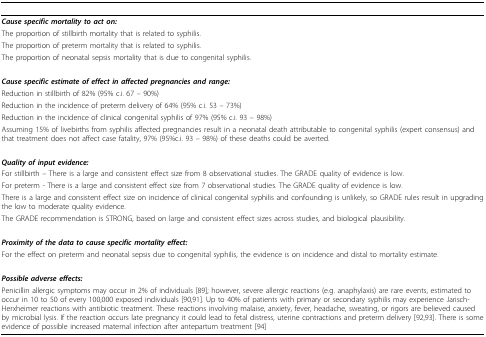
<table><thead></thead><tbody><tr><td><i><b>Cause specific mortality to act on:</b></i></td></tr><tr><td>The proportion of stillbirth mortality that is related to syphilis.</td></tr><tr><td>The proportion of preterm mortality that is related to syphilis.</td></tr><tr><td>The proportion of neonatal sepsis mortality that is due to congenital syphilis.</td></tr><tr><td><i><b>Cause specific estimate of effect in affected pregnancies and range:</b></i></td></tr><tr><td>Reduction in stillbirth of 82% (95% c.i. 67 – 90%)</td></tr><tr><td>Reduction in the incidence of preterm delivery of 64% (95% c.i. 53 – 73%)</td></tr><tr><td>Reduction in the incidence of clinical congenital syphilis of 97% (95% c.i. 93 – 98%)</td></tr><tr><td>Assuming 15% of livebirths from syphilis affected pregnancies result in a neonatal death attributable to congenital syphilis (expert consensus) and that treatment does not affect case fatality, 97% (95%c.i. 93 – 98%) of these deaths could be averted.</td></tr><tr><td><i><b>Quality of input evidence:</b></i></td></tr><tr><td>For stillbirth – There is a large and consistent effect size from 8 observational studies. The GRADE quality of evidence is low.</td></tr><tr><td>For preterm - There is a large and consistent effect size from 7 observational studies. The GRADE quality of evidence is low.</td></tr><tr><td>There is a large and consistent effect size on incidence of clinical congenital syphilis and confounding is unlikely, so GRADE rules result in upgrading the low to moderate quality evidence.</td></tr><tr><td>The GRADE recommendation is STRONG, based on large and consistent effect sizes across studies, and biological plausibility.</td></tr><tr><td><i><b>Proximity of the data to cause specific mortality effect:</b></i></td></tr><tr><td>For the effect on preterm and neonatal sepsis due to congenital syphilis, the evidence is on incidence and distal to mortality estimate.</td></tr><tr><td><i><b>Possible adverse effects:</b></i></td></tr><tr><td>Penicillin allergic symptoms may occur in 2% of individuals [89]; however, severe allergic reactions (e.g. anaphylaxis) are rare events, estimated to occur in 10 to 50 of every 100,000 exposed individuals [90,91]. Up to 40% of patients with primary or secondary syphilis may experience Jarisch-Herxheimer reactions with antibiotic treatment. These reactions involving malaise, anxiety, fever, headache, sweating, or rigors are believed caused by microbial lysis. If the reaction occurs late pregnancy it could lead to fetal distress, uterine contractions and preterm delivery [92,93]. There is some evidence of possible increased maternal infection after antepartum treatment [94]</td></tr></tbody></table>